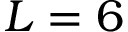
L = 6